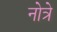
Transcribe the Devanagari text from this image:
नोत्रे